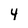
Character: 4